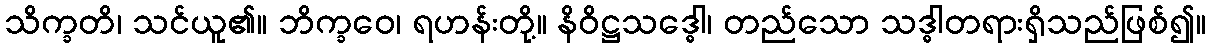
သိက္ခတိ၊ သင်ယူ၏။ ဘိက္ခဝေ၊ ရဟန်းတို့။ နိဝိဋ္ဌသဒ္ဓေါ၊ တည်သော သဒ္ဓါတရားရှိသည်ဖြစ်၍။